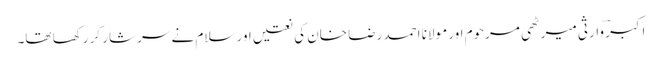
اکبر ؔوارثی میرٹھی مرحوم اور مولانا احمد رضا خان کی نعتیں اور سلام نے سرشار کر رکھا تھا۔